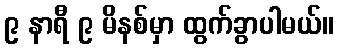
၉ နာရီ ၉ မိနစ်မှာ ထွက်ခွာပါမယ်။